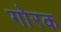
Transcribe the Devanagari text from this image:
गोरक